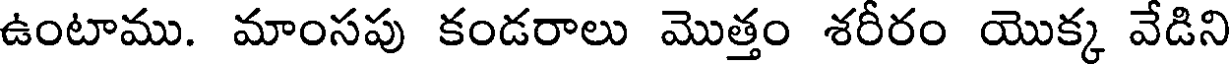
ఉంటాము. మాంసపు కండరాలు మొత్తం శరీరం యొక్క వేడిని